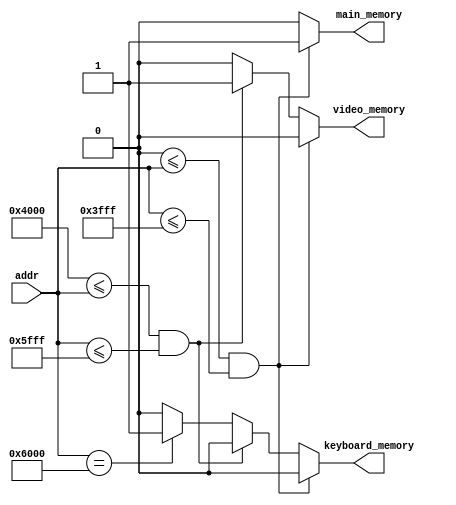
`timescale 1ns / 1ps

module Memory_controller(
    input wire [14 : 0] addr,
    
    output reg main_memory,
    output reg video_memory,
    output reg keyboard_memory
    );

always@(*)
    begin
    
    main_memory = 0;
    video_memory = 0;
    keyboard_memory = 0;
    
    if (0 <= addr && addr <= 16383)
        main_memory = 1;
    else if (16384 <= addr && addr <= 24575)
        video_memory = 1;
    else if (addr == 24576)
        keyboard_memory = 1;
    end

endmodule